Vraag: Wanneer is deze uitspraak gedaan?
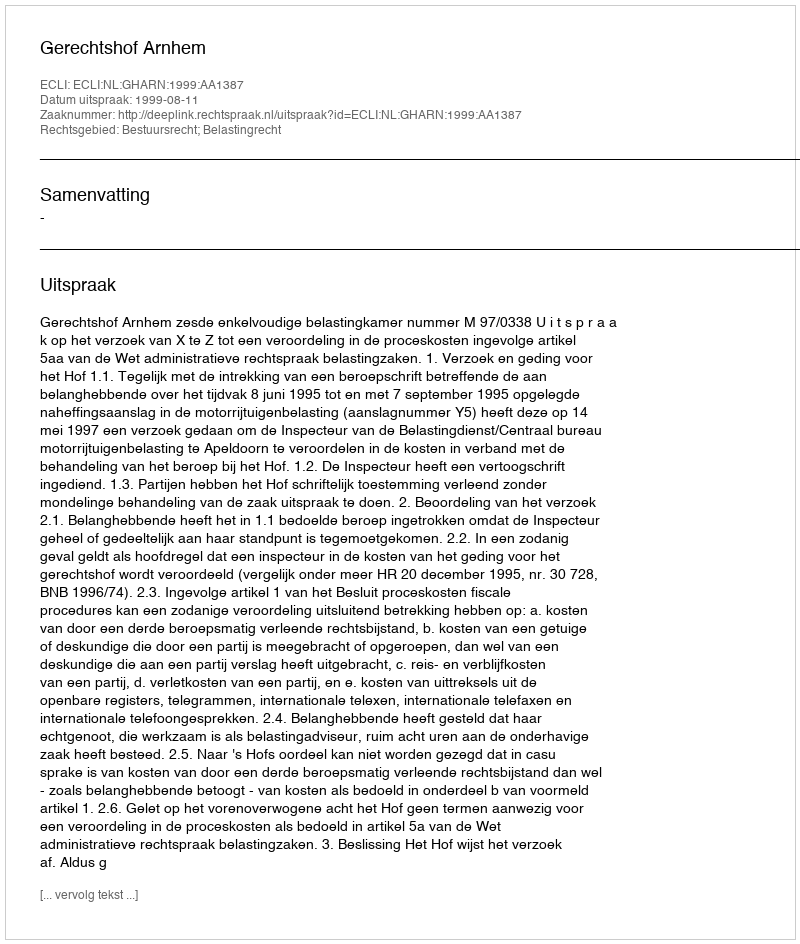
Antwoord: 1999-08-11